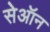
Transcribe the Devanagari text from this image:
सेऑन